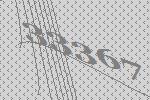
33367